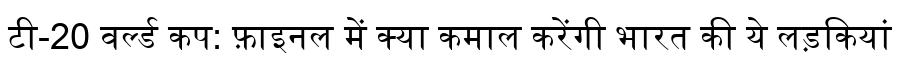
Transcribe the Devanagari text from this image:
टी-20 वर्ल्ड कप: फ़ाइनल में क्या कमाल करेंगी भारत की ये लड़कियां